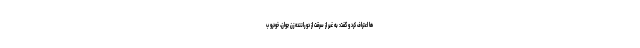
ها اعتراف کرد و گفت: به غیر از سرقت از دو راننده زن جوان، خودرو ب